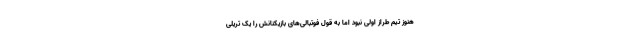
هنوز تیم طراز اولی نبود اما به قول فوتبالی‌‌های بازیکنانش را یک تریلی